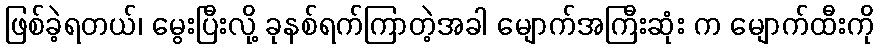
ဖြစ်ခဲ့ရတယ်၊ မွေးပြီးလို့ ခုနစ်ရက်ကြာတဲ့အခါ မျောက်အကြီးဆုံး က မျောက်ထီးကို